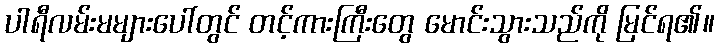
ပါရီလမ်းမများပေါ်တွင် တင့်ကားကြီးတွေ မောင်းသွားသည်ကို မြင်ရ၏။